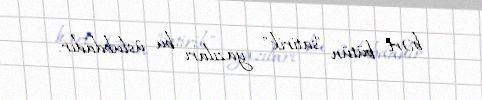
bəri bütün "satirik" yazıları bu üslubdadır.